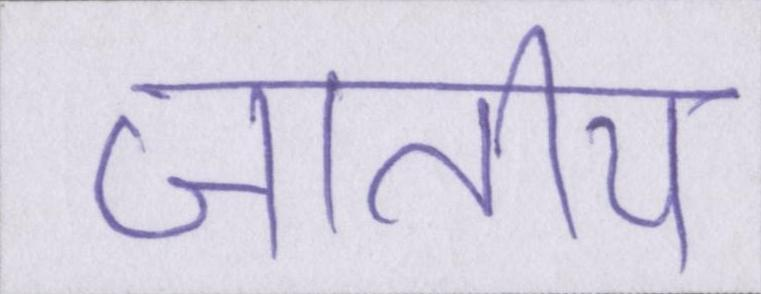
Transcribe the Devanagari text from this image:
जातीय